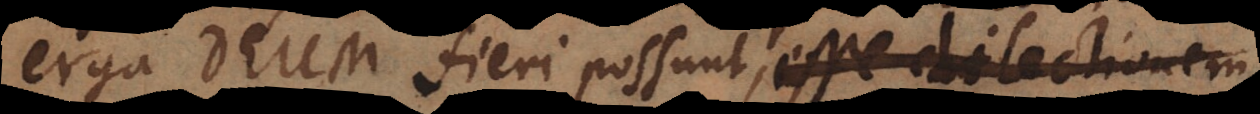
erga Deum fieri possunt, esse dilectionem,